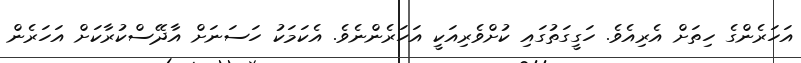
އަހަރެންގެ ހިތަށް އެރިއެވެ. ހަގީގަތުގައި ކުށްވެރިއަކީ އަހަރެންނެވެ. އެކަމަކު ހަސަނަށް އާދޭސްކުރާކަށް އަހަރެން